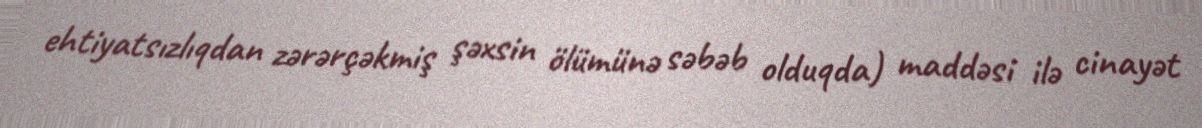
ehtiyatsızlıqdan zərərçəkmiş şəxsin ölümünə səbəb olduqda) maddəsi ilə cinayət